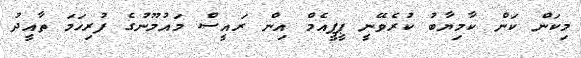
މިކަން ކަން ކާމިޔާބު ކުރެވޭނީ ޕީޕީއެމް އިން ރައީސް މައުމޫނުގެ ފުރިހަމަ ތާއީދު